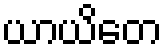
ယာယိတေ